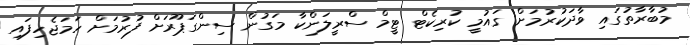
މުބާރާތުގައި ވާދަކުރުމަށް ގައުމީ ކުރިކެޓް ޓީމް ސްރީލަންކާ މަގުން ސިންގަޕޫރަށް ފުރުމަށް ހަމަޖެހިފައި